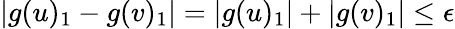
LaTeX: |g(u)_{1}-g(v)_{1}|=|g(u)_{1}|+|g(v)_{1}|\leq\epsilon